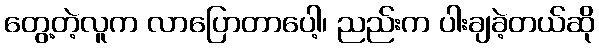
တွေ့တဲ့လူက လာပြောတာပေါ့၊ ညည်းက ပါးချခဲ့တယ်ဆို